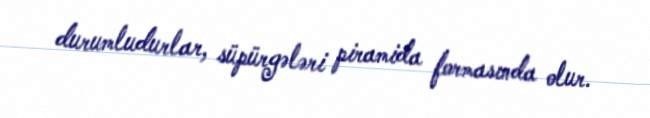
durumludurlar, süpürgələri piramida formasında olur.